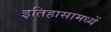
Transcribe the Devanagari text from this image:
इतिहासामध्यें